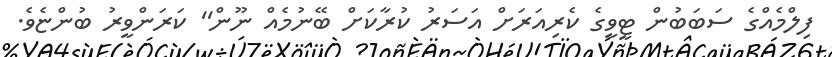
ފިލްމެއްގެ ސަބަބުން ޓީވީގެ ކެރިއަރަށް އަސަރު ކުރާކަށް ބޭނުމެއް ނޫން'' ކަރަންވީރު ބުންޏެވެ.